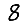
Digit: 8